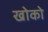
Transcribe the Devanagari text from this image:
खोको